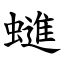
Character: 䗯